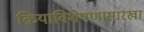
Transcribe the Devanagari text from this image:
क्रियाविशेषणासारखा